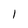
Character: I